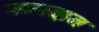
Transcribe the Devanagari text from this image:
समझन